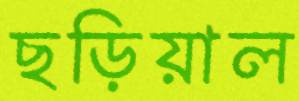
ছড়িয়াল